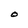
Character: O